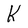
Character: K